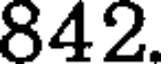
842.